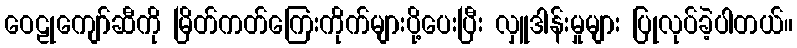
ဝေဠုကျော်ဆီကို မြိတ်ကတ်ကြေးကိုက်များပို့ပေးပြီး လှူဒါန်းမှုများ ပြုလုပ်ခဲ့ပါတယ်။